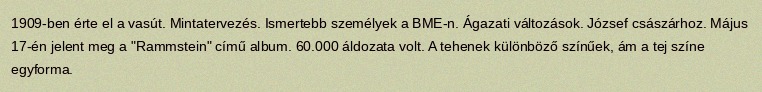
1909-ben érte el a vasút. Mintatervezés. Ismertebb személyek a BME-n. Ágazati változások. József császárhoz. Május 17-én jelent meg a "Rammstein" című album. 60.000 áldozata volt. A tehenek különböző színűek, ám a tej színe egyforma.